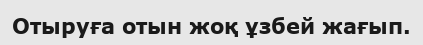
Отыруға отын жоқ ұзбей жағып.